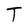
Character: T